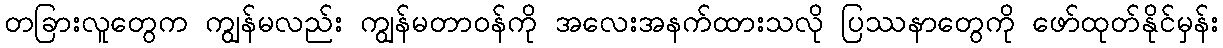
တခြားလူတွေက ကျွန်မလည်း ကျွန်မတာဝန်ကို အလေးအနက်ထားသလို ပြဿနာတွေကို ဖော်ထုတ်နိုင်မှန်း